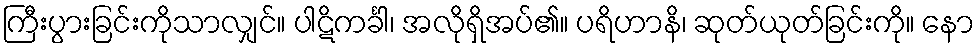
ကြီးပွားခြင်းကိုသာလျှင်။ ပါဋိကင်္ခါ၊ အလိုရှိအပ်၏။ ပရိဟာနိ၊ ဆုတ်ယုတ်ခြင်းကို။ နော